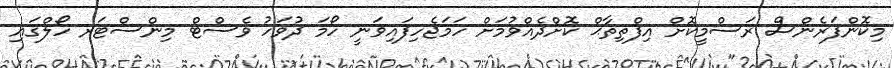
މިކޮންފަރެންސް ރަސްމީކޮށް އިފްތިތާޙް ކޮށްދެއްވުމަށް ހަމަޖެހިފައިވަނީ ހޯމަ ދުވަހު ވެސްޓް މިންސްޓަރ ހޯލްގައި